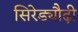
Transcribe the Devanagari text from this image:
सिरेड्यौढ़ी